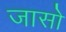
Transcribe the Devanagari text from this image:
जासो